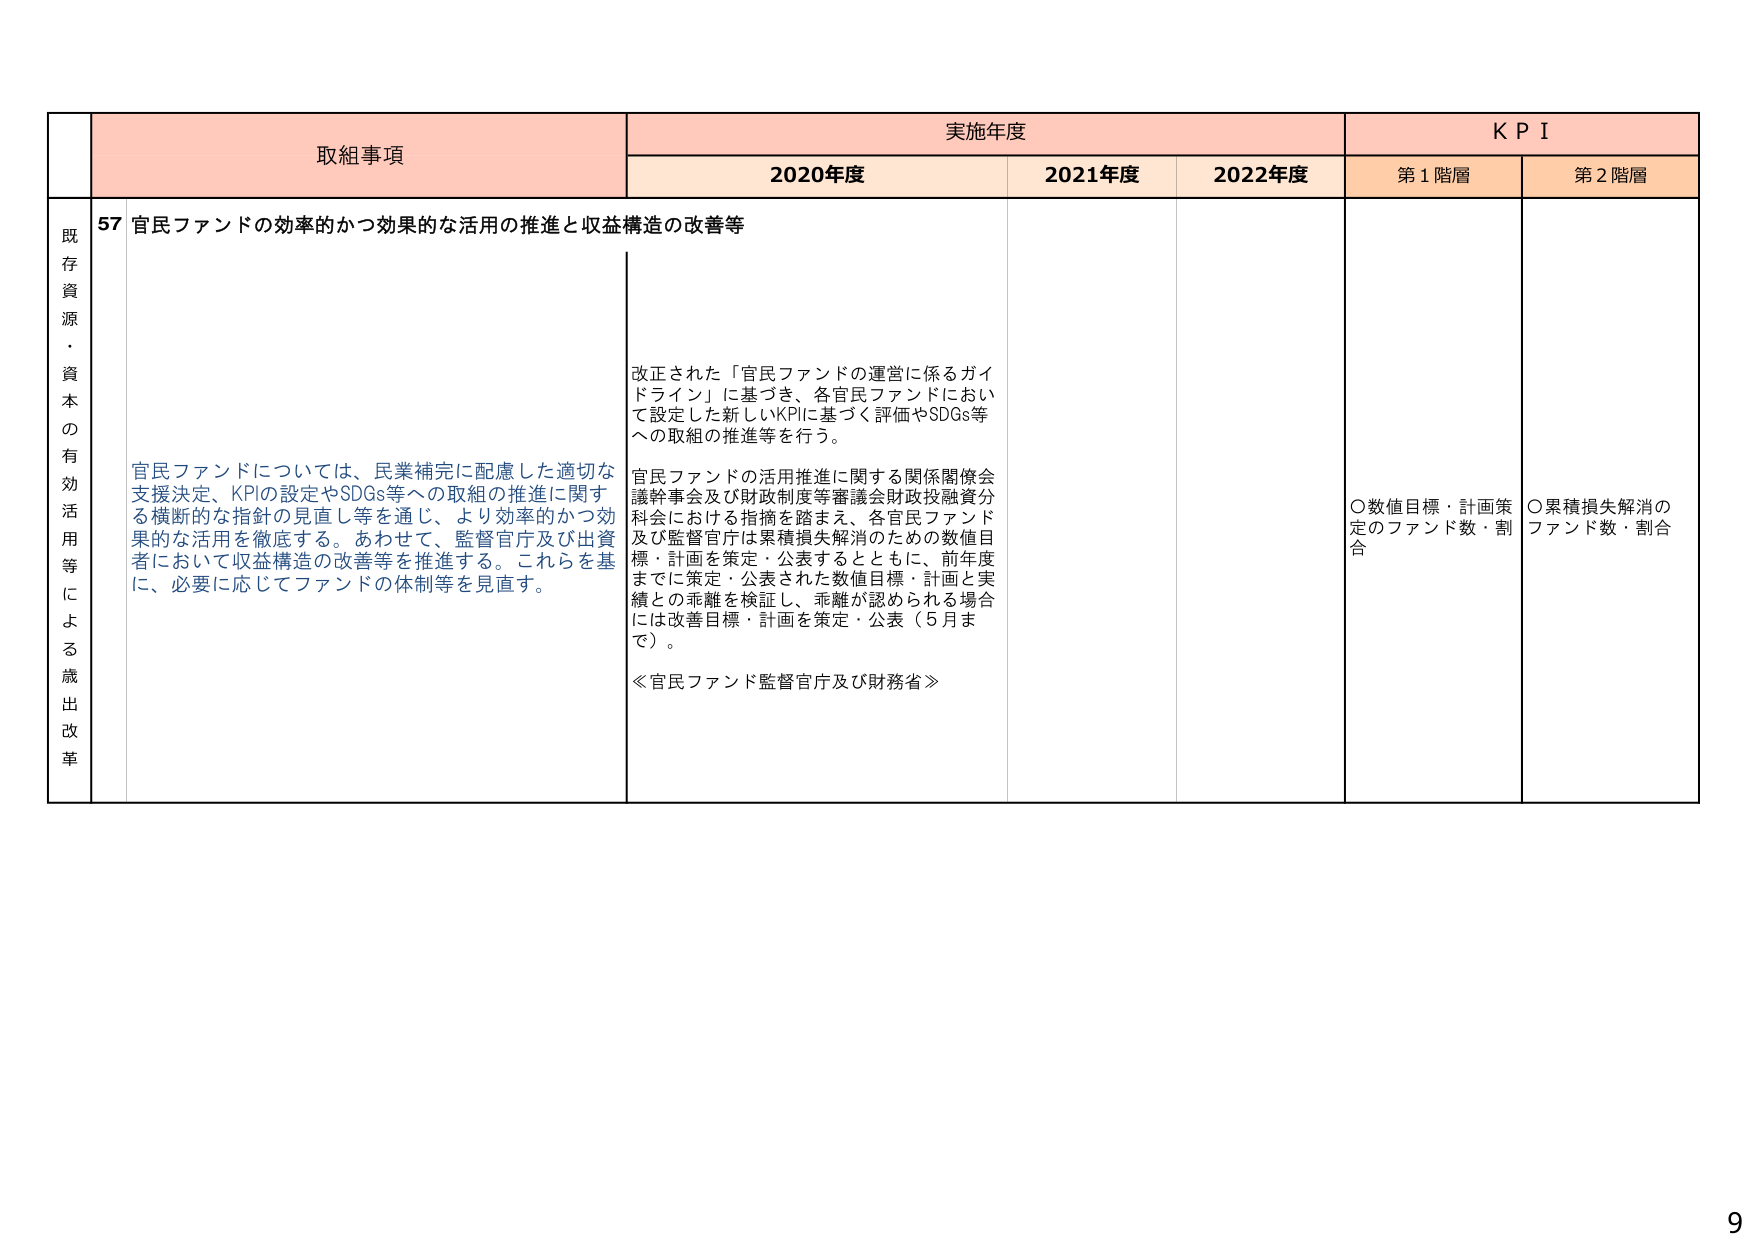
既存資源・資本の有効活用等による歳出改革
取組事項
実施年度
KPI
2020年度
2021年度
2022年度
第1階層
第2階層
57 官民ファンドの効率的かつ効果的な活用の推進と収益構造の改善等
官民ファンドについては、民業補完に配慮した適切な支援決定、KPIの設定やSDGs等への取組の推進に関する横断的な指針の見直し等を通じ、より効率的かつ効果的な活用を徹底する。あわせて、監督官庁及び出資者において収益構造の改善等を推進する。これらを基に、必要に応じてファンドの体制等を見直す。
改正された「官民ファンドの運営に係るガイドライン」に基づき、各官民ファンドにおいて設定した新しいKPIに基づく評価やSDGs等への取組の推進等を行う。
官民ファンドの活用推進に関する関係閣僚会議幹事会及び財政制度等審議会財政投融資分科会における指摘を踏まえ、各官民ファンド及び監督官庁は累積損失解消のための数値目標・計画を策定・公表するとともに、前年度までに策定・公表された数値目標・計画と実績との乖離を検証し、乖離が認められる場合には改善目標・計画を策定・公表（5月まで）。
≪官民ファンド監督官庁及び財務省≫
○数値目標・計画策定のファンド数・割合
○累積損失解消のファンド数・割合
9